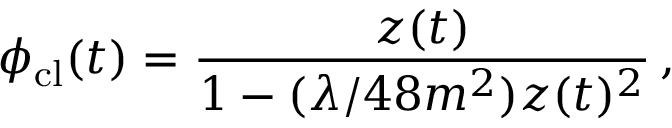
\phi _ { \mathrm { c l } } ( t ) = { \frac { z ( t ) } { 1 - ( \lambda / 4 8 m ^ { 2 } ) z ( t ) ^ { 2 } } } \, ,